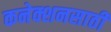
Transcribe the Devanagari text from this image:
कनेक्शनसाठी